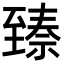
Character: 𬛵